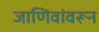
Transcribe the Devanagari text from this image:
जाणिवांवरून